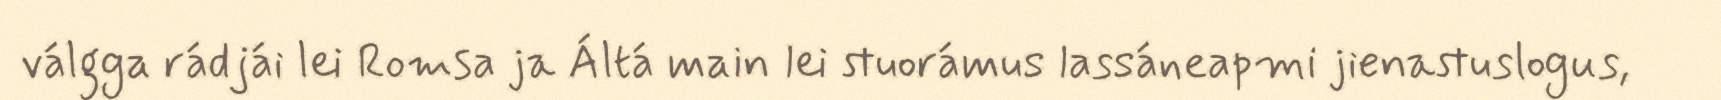
válgga rádjái lei Romsa ja Áltá main lei stuorámus lassáneapmi jienastuslogus,